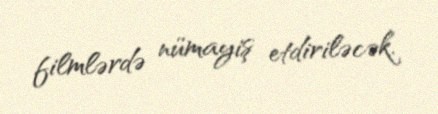
filmlərdə nümayiş etdiriləcək.